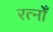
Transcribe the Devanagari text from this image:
रत्नोँ